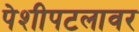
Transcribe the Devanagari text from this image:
पेशीपटलावर